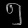
Digit: ၅